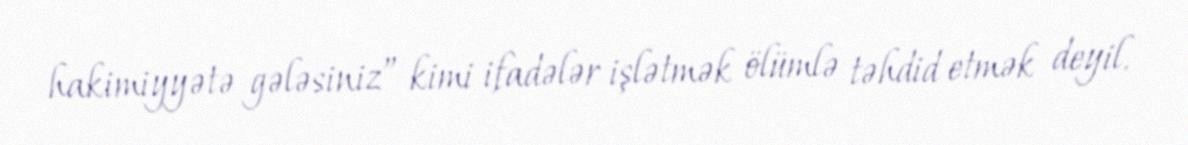
hakimiyyətə gələsiniz” kimi ifadələr işlətmək ölümlə təhdid etmək deyil.